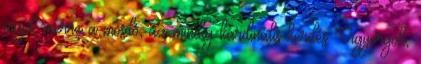
majd, merre a mosdó, az mindig kardinális kérdés Vigyorgok,